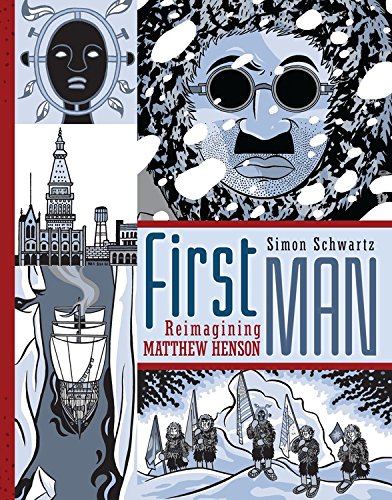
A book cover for First Man: Reimagining Matthew Henson (Fiction - Young Adult); Simon Schwartz; Teen & Young Adult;